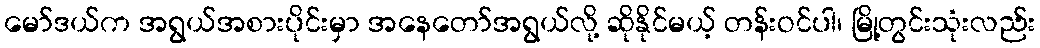
မော်ဒယ်က အရွယ်အစားပိုင်းမှာ အနေတော်အရွယ်လို့ ဆိုနိုင်မယ့် တန်းဝင်ပါ၊ မြို့တွင်းသုံးလည်း